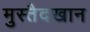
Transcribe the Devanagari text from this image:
मुस्तैदखान